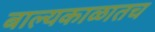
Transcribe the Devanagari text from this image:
बाल्यकाळातच